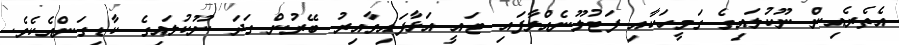
އެތެރެއިން ނޫކުލައިގެ ގަމީހަކާއި ފަޓުލޫނެއްލާފައި ޓައީ އަޅާފައިވާއިރު ބޭރުން ގަދަ ނޫކުލައިގެ ކާޑިގަންއެކެވެ.